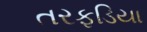
તરફડિયા